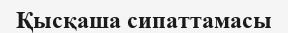
Қысқаша сипаттамасы